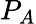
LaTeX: P_{A}